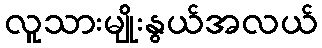
လူသားမျိုးနွယ်အလယ်